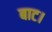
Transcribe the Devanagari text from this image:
बाट।